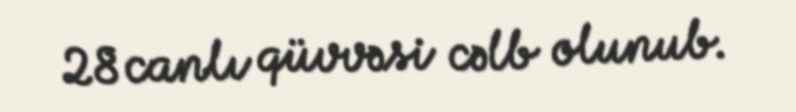
28 canlı qüvvəsi cəlb olunub.